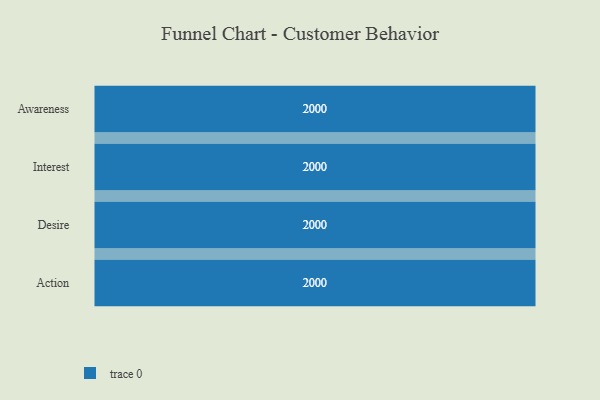
{"axis": {"x": "Stage", "y": "Value"}, "legend": [""], "data": [{"x": "Awareness", "y": 2000, "type": ""}, {"x": "Interest", "y": 2000, "type": ""}, {"x": "Desire", "y": 2000, "type": ""}, {"x": "Action", "y": 2000, "type": ""}]}